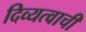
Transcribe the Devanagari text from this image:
दिव्यत्वाची